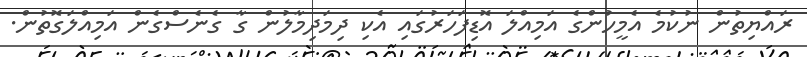
ރައްޔިތުން ނުކުމެ އެމީހުންގެ އަމިއްލަ އޮޑިފަހަރުގައި އެކި ދިމަދިމާލުން ގާ ގެނެސްގެން އަމިއްލަގޮތުން.